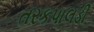
તરકપાલડી